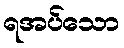
ရအပ်သော